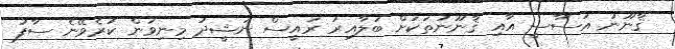
ޤާނޫނު އަސާސީ އާއި ޤާނޫނުތަކަށް ބަލާއިރު ރައީސް ނަޝީދު މިނިވަން ކުރެވޭނެ ސާފު